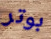
بوتر